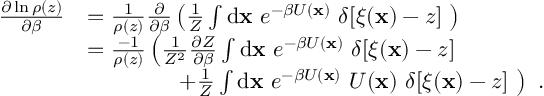
\begin{array} { r l } { \frac { \partial \ln \rho ( z ) } { \partial \beta } } & { = \frac { 1 } { \rho ( z ) } \frac { \partial } { \partial \beta } \left( \frac { 1 } { Z } \int \ensuremath { \mathrm { d } } \ensuremath { \mathbf { x } } \ e ^ { - \beta U ( \ensuremath { \mathbf { x } } ) } \ \delta [ \xi ( \ensuremath { \mathbf { x } } ) - z ] \ \right) } \\ & { = \frac { - 1 } { \rho ( z ) } \left( \frac { 1 } { Z ^ { 2 } } \frac { \partial Z } { \partial \beta } \int \ensuremath { \mathrm { d } } \ensuremath { \mathbf { x } } \ e ^ { - \beta U ( \ensuremath { \mathbf { x } } ) } \ \delta [ \xi ( \ensuremath { \mathbf { x } } ) - z ] \ \right. } \\ & { \qquad \qquad \left. + \frac { 1 } { Z } \int \ensuremath { \mathrm { d } } \ensuremath { \mathbf { x } } \ e ^ { - \beta U ( \ensuremath { \mathbf { x } } ) } \ U ( \ensuremath { \mathbf { x } } ) \ \delta [ \xi ( \ensuremath { \mathbf { x } } ) - z ] \ \right) \ . } \end{array}